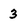
Character: 3